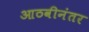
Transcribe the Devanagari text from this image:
आठवीनंतर